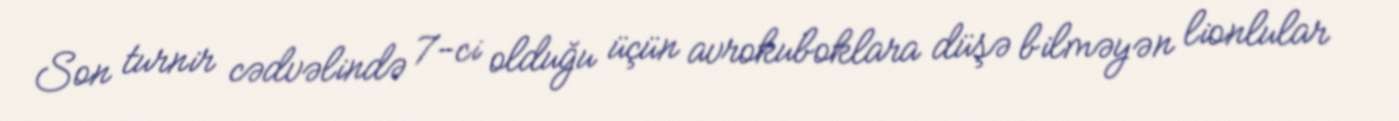
Son turnir cədvəlində 7-ci olduğu üçün avrokuboklara düşə bilməyən lionlular